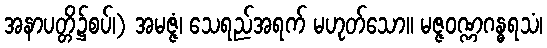
အနာပတ္တိ၌စပ်၊) အမဇ္ဇံ၊ သေရည်အရက် မဟုတ်သော။ မဇ္ဇဝဏ္ဏဂန္ဓရသံ၊